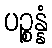
ပဉ္စန္နံ